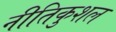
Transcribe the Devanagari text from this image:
नीतिकुशल